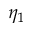
\eta _ { 1 }